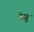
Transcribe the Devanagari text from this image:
देसु